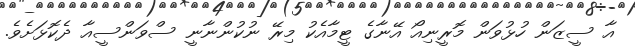
އާ ސީޒަން ހުޅުވަން މޮރީނިއޯ އޭނާގެ ޓީމާއެކު މިރޭ ނުކުންނާނީ ސްވަންސީއާ ދެކޮޅަށެވެ.